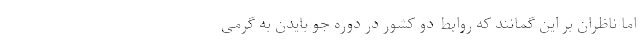
اما ناظران بر این گمانند که روابط دو کشور در دوره جو بایدن به گرمی